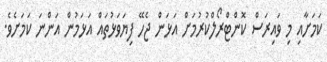
ކަމަށާއި މި ވައިރަސް ކޮންޓްރޯލްކުރުމަށް އަޅަން ޖެހޭ ފިޔަވަޅުތައް އަޅަމުން އަންނަ ކަމަށެވެ.